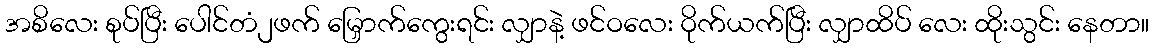
အစိလေး စုပ်ပြီး ပေါင်တံ၂ဖက် မြှောက်ကွေးရင်း လျှာနဲ့ ဖင်ဝလေး ဝိုက်ယက်ပြီး လျှာထိပ် လေး ထိုးသွင်း နေတာ။